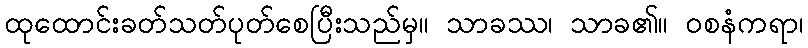
ထုထောင်းခတ်သတ်ပုတ်စေပြီးသည်မှ။ သာခဿ၊ သာခ၏။ ဝစနံကရာ၊